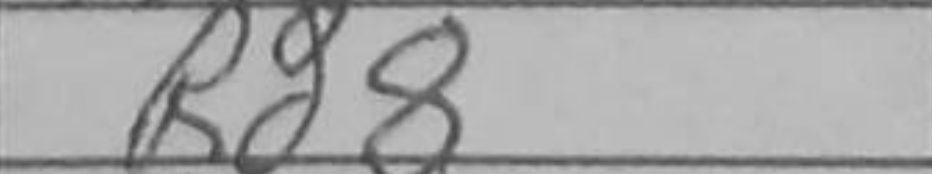
Transcription: Rd8